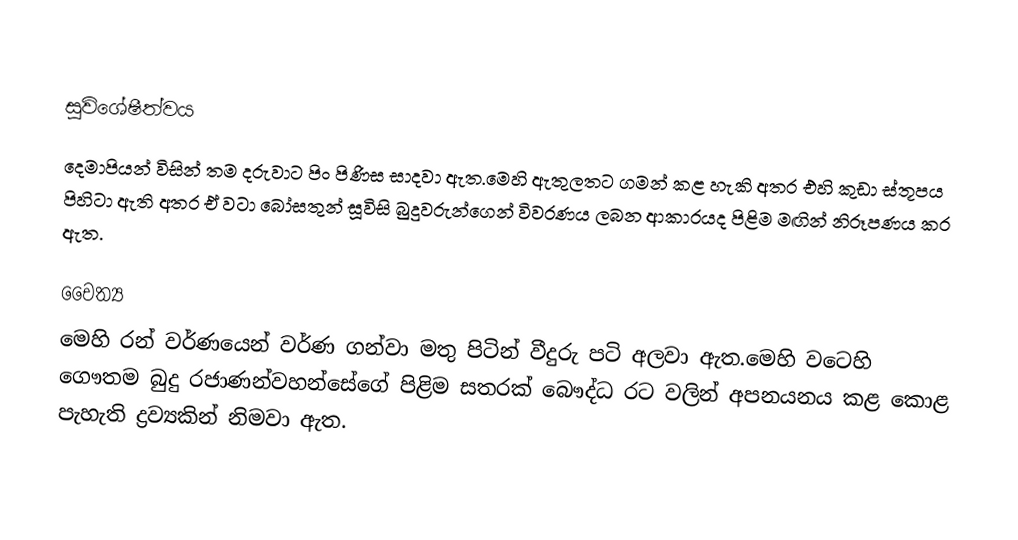

සුවිශේෂීත්වය
දෙමාපියන් විසින් තම දරුවාට පිං පිණිස සාදවා ඇත.මෙහි ඇතුලතට ගමන් කළ හැකි අතර එහි කුඩා ස්තූපය පිහිටා ඇති අතර ඒ වටා බෝසතුන් සූවිසි බුදුවරුන්ගෙන් විවරණය ලබන ආකාරයද පිළිම මඟින් නිරූපණය කර ඇත.

චෛත්‍ය
මෙහි රන් වර්ණයෙන් වර්ණ ගන්වා මතු පිටින් වීදුරු පටි අලවා ඇත.මෙහි වටෙහි ගෞතම බුදු රජාණන්වහන්සේගේ පිළිම සතරක් බෞද්ධ රට වලින් අපනයනය කළ කොළ පැහැති ද්‍රව්‍යකින් නිමවා ඇත.